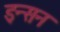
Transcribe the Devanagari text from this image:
इन्सन